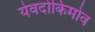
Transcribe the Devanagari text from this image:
येवदोकिमोव